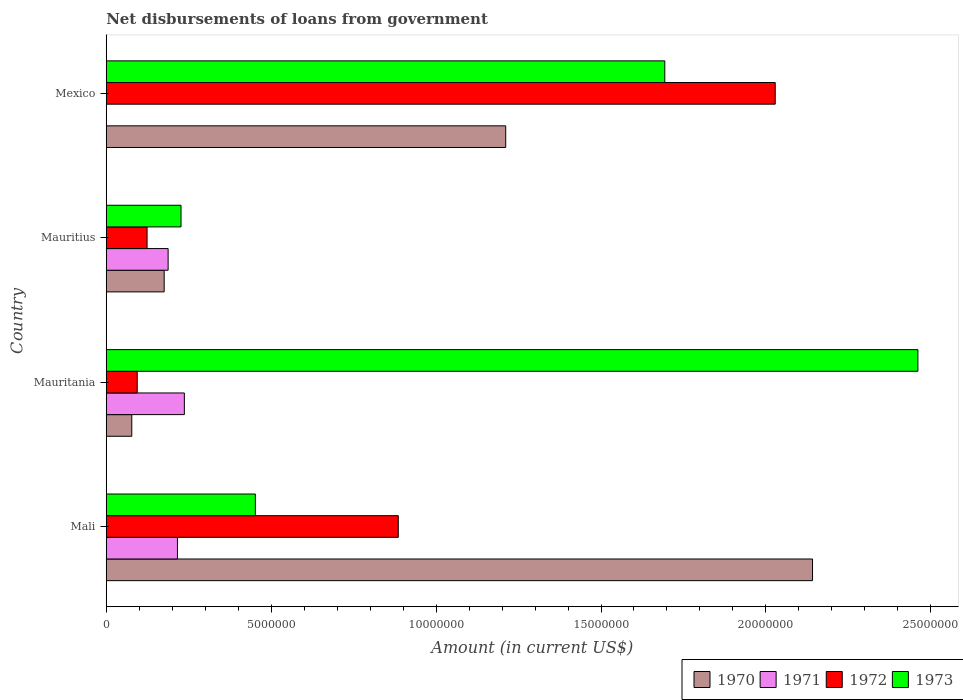
| Country | 1970 | 1971 | 1972 | 1973 |
 | --- | --- | --- | --- | --- |
 | Mali | 2.14e+07 | 2.16e+06 | 8.85e+06 | 4.52e+06 |
 | Mauritania | 7.74e+05 | 2.37e+06 | 9.39e+05 | 2.46e+07 |
 | Mauritius | 1.76e+06 | 1.88e+06 | 1.24e+06 | 2.27e+06 |
 | Mexico | 1.21e+07 | -2.95e+07 | 2.03e+07 | 1.69e+07 |